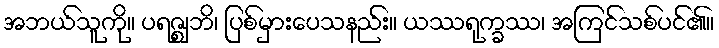
အဘယ်သူကို။ ပရဇ္ဈဘိ၊ ပြစ်မှားပေသနည်း။ ယဿရုက္ခဿ၊ အကြင်သစ်ပင်၏။